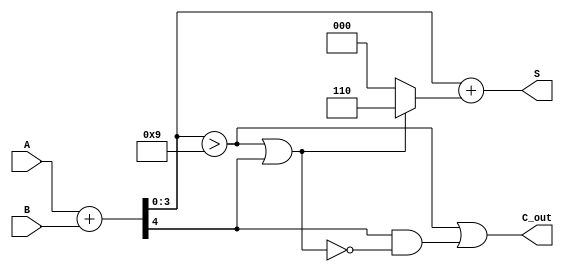
module BCD_Asynchronous_Adder (
    input  [3:0] A,      // First BCD digit
    input  [3:0] B,      // Second BCD digit
    output [3:0] S,      // BCD sum
    output C_out         // Carry output
);

    wire [4:0] Sum;      // 5-bit sum to accommodate carry
    wire C_temp;         // Temporary carry for initial sum
    wire correction;      // Correction signal for BCD adjustment

    // Calculate initial binary sum
    assign Sum = A + B;  // 4-bit A + 4-bit B = 5-bit Sum
    assign C_temp = Sum[4]; // Carry out from the sum

    // Determine if correction is needed
    assign correction = (Sum[3:0] > 4'b1001) || C_temp;

    // Calculate final BCD sum
    assign S = Sum[3:0] + (correction ? 4'b0110 : 4'b0000); // Add 6 if correction is needed

    // Determine carry out
    assign C_out = (Sum[3:0] > 4'b1001) || (C_temp && !correction);

endmodule